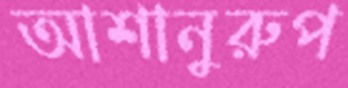
আশানুরুপ